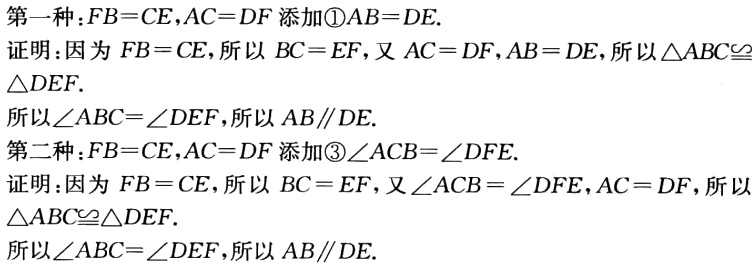
第一种：\(FB = CE\)，\(AC = DF\)添加\textcircled{1}\(AB = DE\).
证明：因为\(FB = CE\)，所以\(BC = EF\)，又\(AC = DF\)，\(AB = DE\)，所以\(\triangle ABC\cong\triangle DEF\).
所以\(\angle ABC=\angle DEF\)，所以\(AB\parallel DE\).
第二种：\(FB = CE\)，\(AC = DF\)添加\textcircled{3}\(\angle ACB=\angle DFE\).
证明：因为\(FB = CE\)，所以\(BC = EF\)，又\(\angle ACB=\angle DFE\)，\(AC = DF\)，所以\(\triangle ABC\cong\triangle DEF\).
所以\(\angle ABC=\angle DEF\)，所以\(AB\parallel DE\).